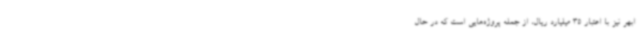
ابهر نیز با اعتبار 35 میلیارد ریال، از جمله پروژه‌هایی است که در حال